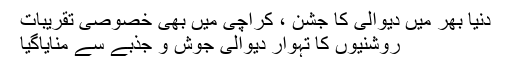
دنیا بھر میں دیوالی کا جشن ، کراچی میں بھی خصوصی تقریبات
روشنیوں کا تہوار دیوالی جوش و جذبے سے منایاگیا